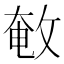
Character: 𢽱